Vaccination North-Western Provinces and Oudh 1878-1895 - 1878-1895
Year: 1878
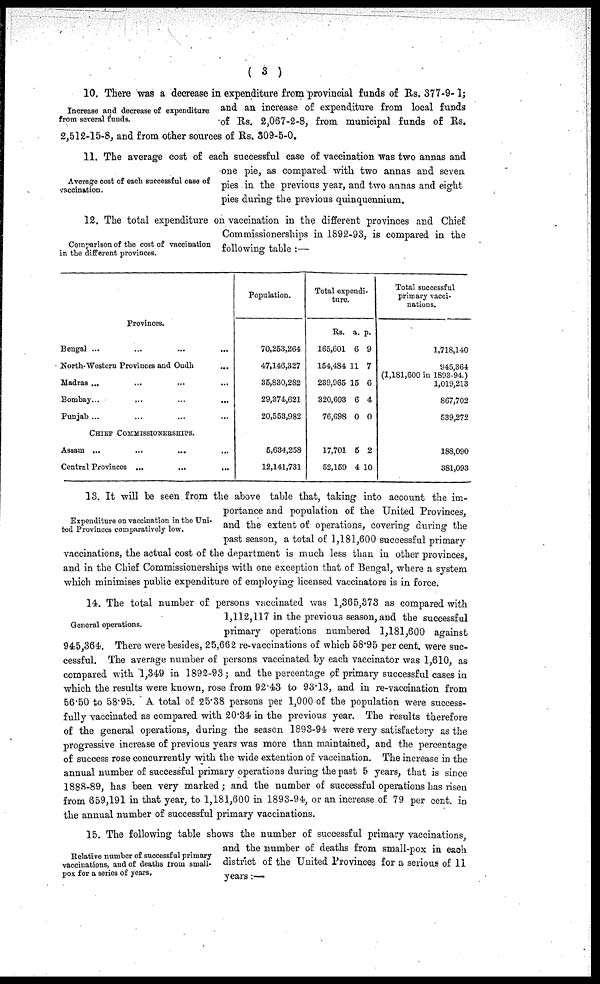
( 3 )
Increase and decrease of expenditure
from several funds.
10. There was a decrease in expenditure from provincial funds of Rs. 377-9-1;
and an increase of expenditure from local funds
of Rs. 2,067-2-8, from municipal funds of Rs.
2,512-15-8, and from other sources of Rs. 309-5-0.
Average cost of each successful case of
vaccination.
11. The average cost of each successful case of vaccination was two annas and
one pie, as compared with two annas and seven
pies in the previous year, and two annas and eight
pies during the previous quinquennium.
Comparison of the cost of vaccination
in the different provinces.
12. The total expenditure on vaccination in the different provinces and Chief
Commissionerships in 1892-93, is compared in the
following table :—
Provinces.
Bengal ... ... ... ...
North-Western Provinces and Oudh ...
Madras ... ... ... ...
Bombay
...
...
...
...
Punjab ... ... ... ...
CHIEF COMMISSIONERSHIPS.
Assam ... ... ... ...
Central Provinces ... ... ...
Population.
70,253,264
47,146,327
35,830,282
29,374,621
20,553,982
5,634,258
12,141,731
Total expendi-
ture.
Rs.
165,601
154,484
239,965
320,603
76,698
17,701
52,159
a.
6
11
15
6
0
5
4
p.
9
7
6
4
0
2
10
Total successful
primary vacci-
nations.
1,718,140
945,364
(1,181,600 in 1893-94.)
1,019,213
867,702
539,272
188,090
381,093
Expenditure on vaccination in the Uni-
ted Provinces comparatively low.
13. It will be seen from the above table that, taking into account the im-
portance and population of the United Provinces,
and the extent of operations, covering during the
past season, a total of 1,181,600 successful primary
vaccinations, the actual cost of the department is much less than in other provinces
and in the Chief Commissionerships with one exception that of Bengal, where a system
which minimises public expenditure of employing licensed vaccinators is in force.
General operations.
14. The total number of persons vaccinated was 1,365,373 as compared with
1,112,117 in the previous season, and the successful
primary operations numbered 1,181,600 against
945,364. There were besides, 25,662 re-vaccinations of which 58.95 per cent. were suc-
cessful. The average number of persons vaccinated by each vaccinator was 1,610, as
compared with 1,349 in 1892-93; and the percentage of primary successful cases in
which the results were known, rose from 92.43 to 93.13, and in re-vaccination from
56.50 to 58 95. A total of 25.38 persons per 1,000 of the population were success-
fully vaccinated as compared with 20.34 in the previous year. The results therefore
of the general operations, during the season 1893-94 were very satisfactory as the
progressive increase of previous years was more than maintained, and the percentage
of success rose concurrently with the wide extention of vaccination. The increase in the
annual number of successful primary operations during the past 5 years, that is since
1888-89, has been very marked; and the number of successful operations has risen
from 659,191 in that year, to 1,181,600 in 1893-94, or an increase of 79 per cent. in
the annual number of successful primary vaccinations.
Relative number of successful primary
vaccinations, and of deaths from small-
pox for a series of years,
15. The following table shows the number of successful primary vaccinations,
and the number of deaths from small-pox in each
district of the United Provinces for a serious of 11
years:—